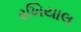
રખિયાલ